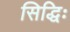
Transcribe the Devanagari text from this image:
सिद्धिः